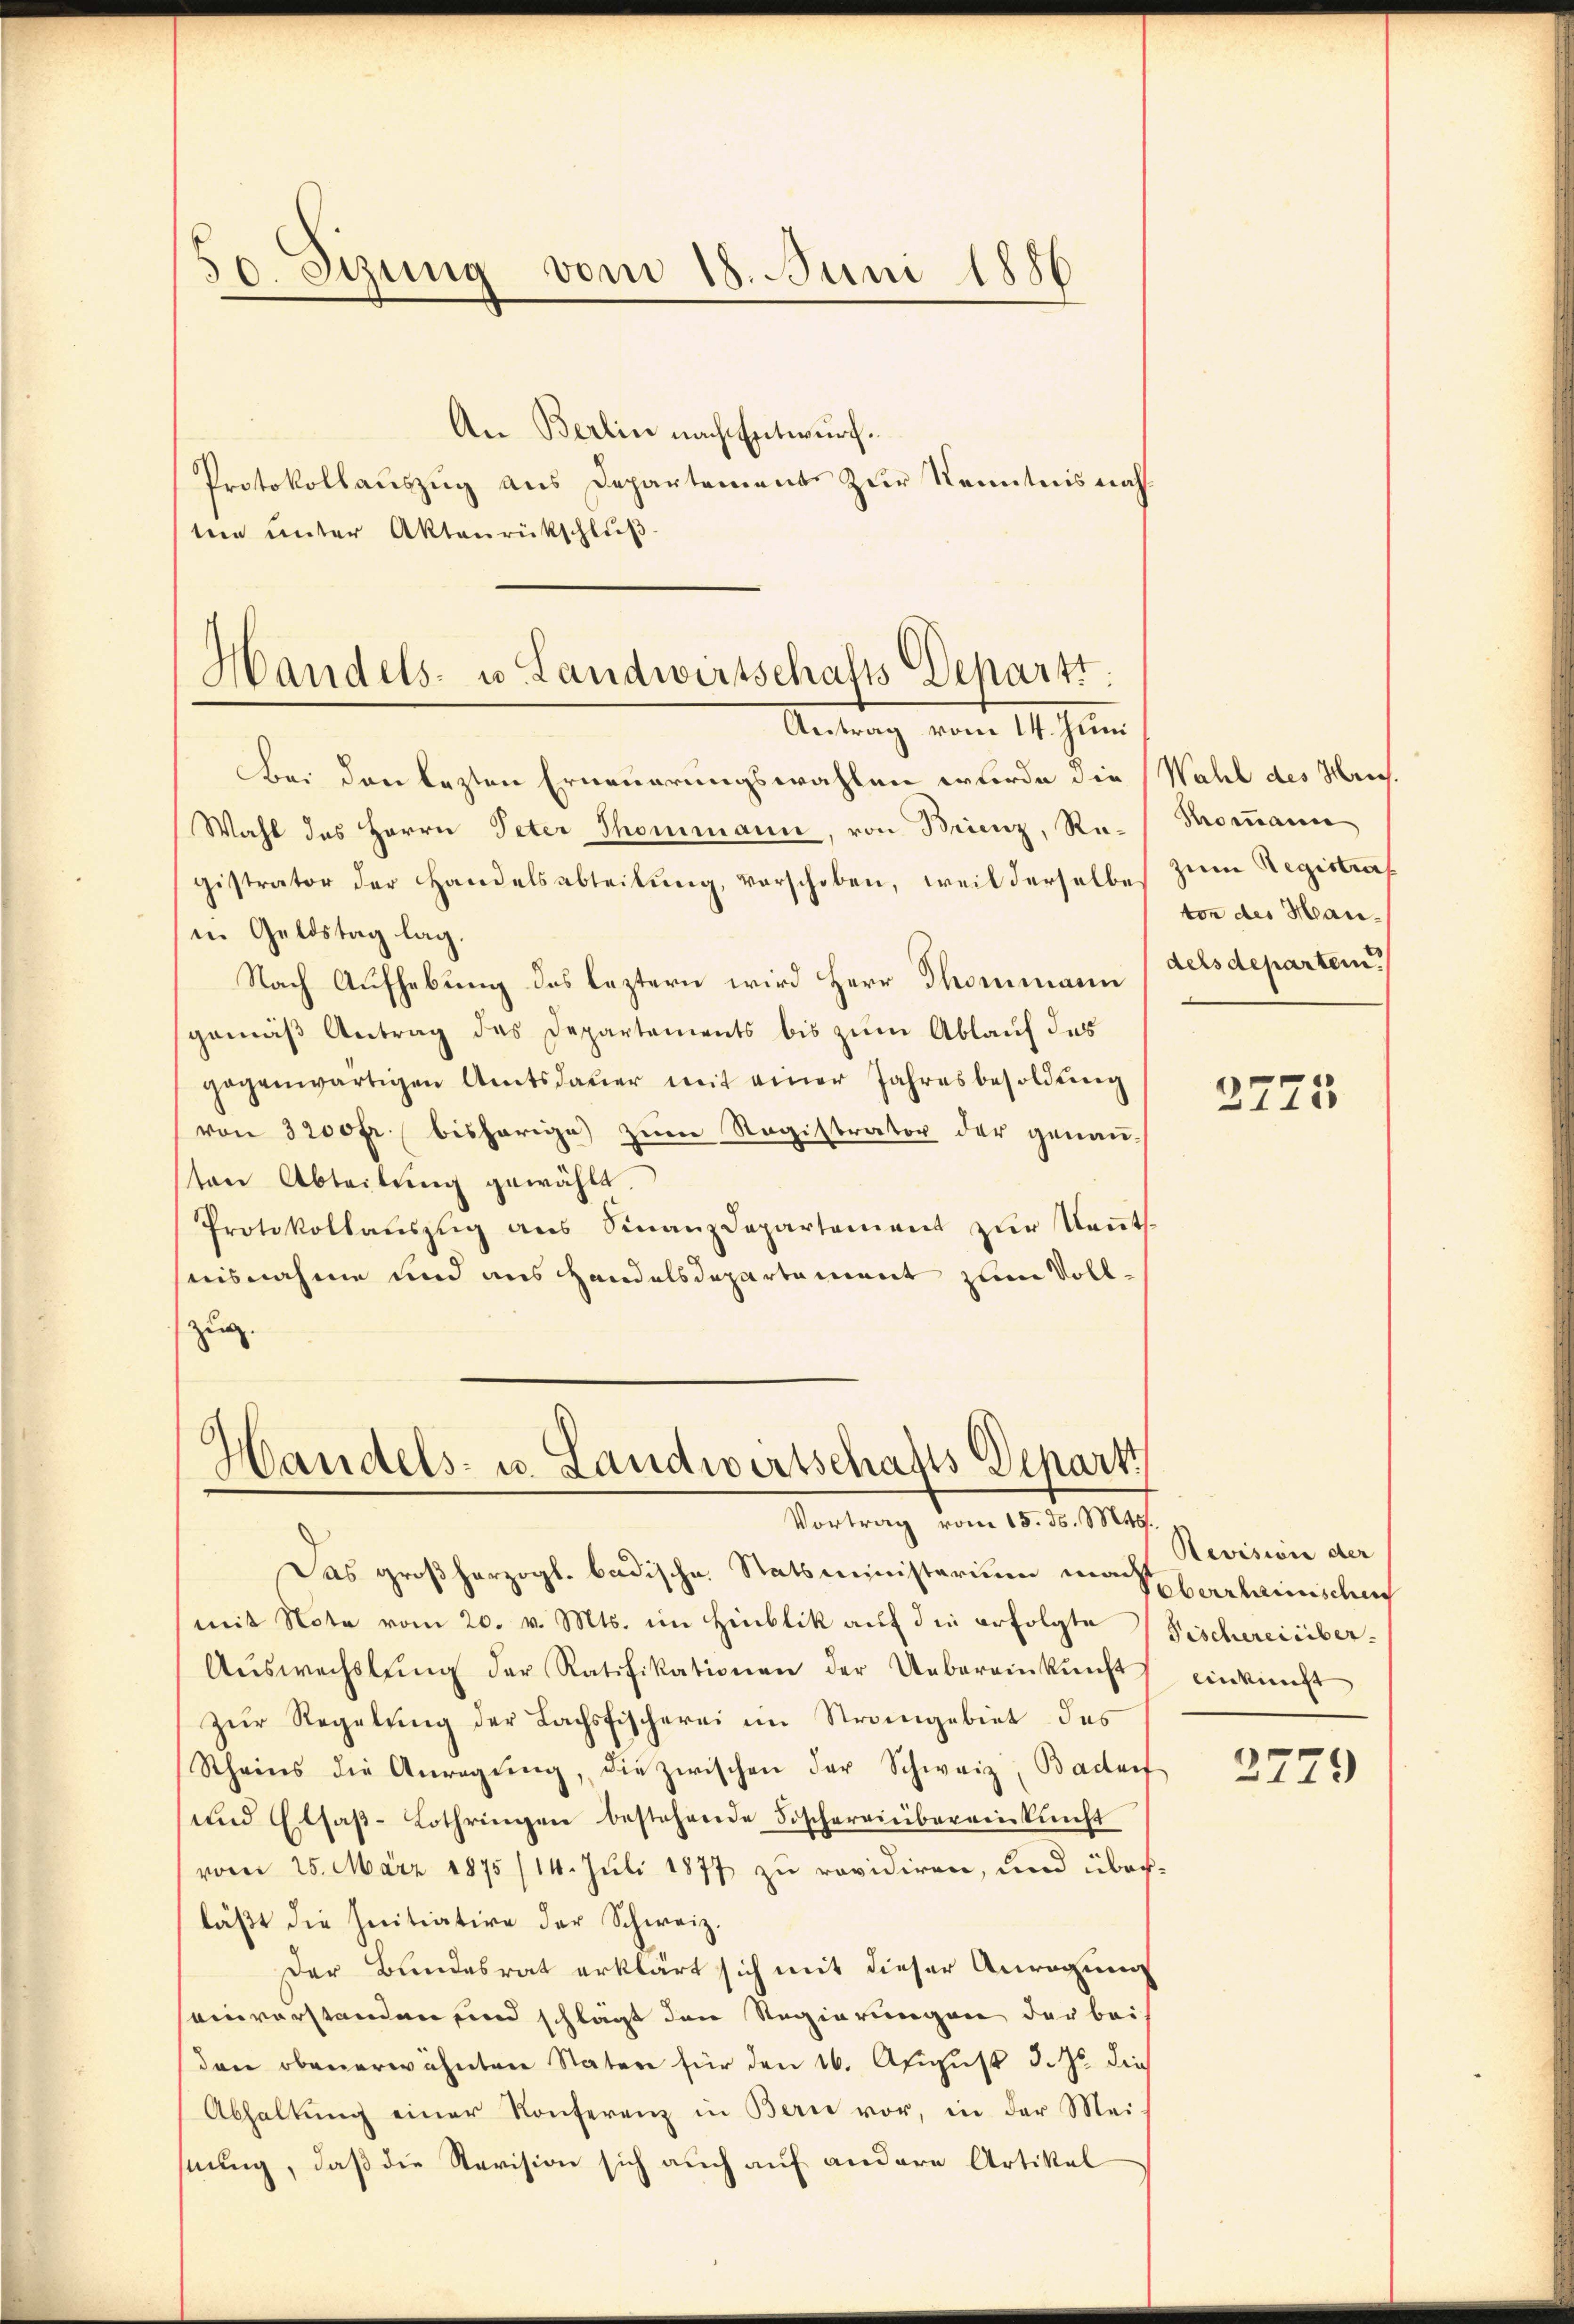
10. Sizung vom 18. Juni 1886

An Berlin nach Entwurf.
Protokollauszug aus Departements zur Kenntnis nach
te unter Aktenrückschluß

Handels- u. Landwirtschafts Departt.
Antrag vom 14. Juni

Bei den lezten Erneuerungswahlen werde die
Wahl des Herrn Peter Thommann, von Brienz, Registrator der Handelsabteilung, verschoben, weil derselbe
in Geldstag lag.
Nach Aufhebung des leztern wird Herr Thommann
gemäß Antrag das Departements bis zum Ablauf des
gegenwärtigen Amtsdaŭer mit einer Jahresbesoldung
von 3200 fr. bisherige zum Registrator der genau-
ten Abteilung gewählt.
Protokollaŭszŭg ans Sinanzdepartement zŭr Keṅt
uisnahme und aus Handelsdepartament zum Vollzug.

Handels- u. Landwirtschafts Depart
Vortrag vom 15. d. Mts.

Das großherzogl. badische Statsministerium in Pfarrhaunschung
(mit Note vom 20. v. Mts. im Hinblik auf die erfolgte Fischereinber-
Aŭswechslung der Ratifikationen der Uebereinkŭnft
zŭr Regelung der Lachsfischerei im Strangebiet des
Rheins die Anregŭng, die zwischen der Schweiz, Badarf
und Elsaβ-Lothringen bestehende Fischereinbereinkunft
vom 25. März 1875 /14. Juli 1877 zu revidiren, und über-
läβt die Initiative der Schweiz.
Der Bundesrat erklärt sich mit dieser Anregung
einverstanden sind schlägt den Regierungen der bei
den obenerwähnten Staten für den 16. Apigust 3. J. die
Abhaltŭng einer Konferenz in Bern vor, in der Mei-
hnung, daß die Revision sich auch auf andere Artikel

Wahl des Hrn.
Phommann
zum Registraf
ton des Handelsdeparten.

2775

Revisivie der
einkunft

2779